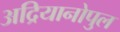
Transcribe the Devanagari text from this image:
अद्रियानोपुल